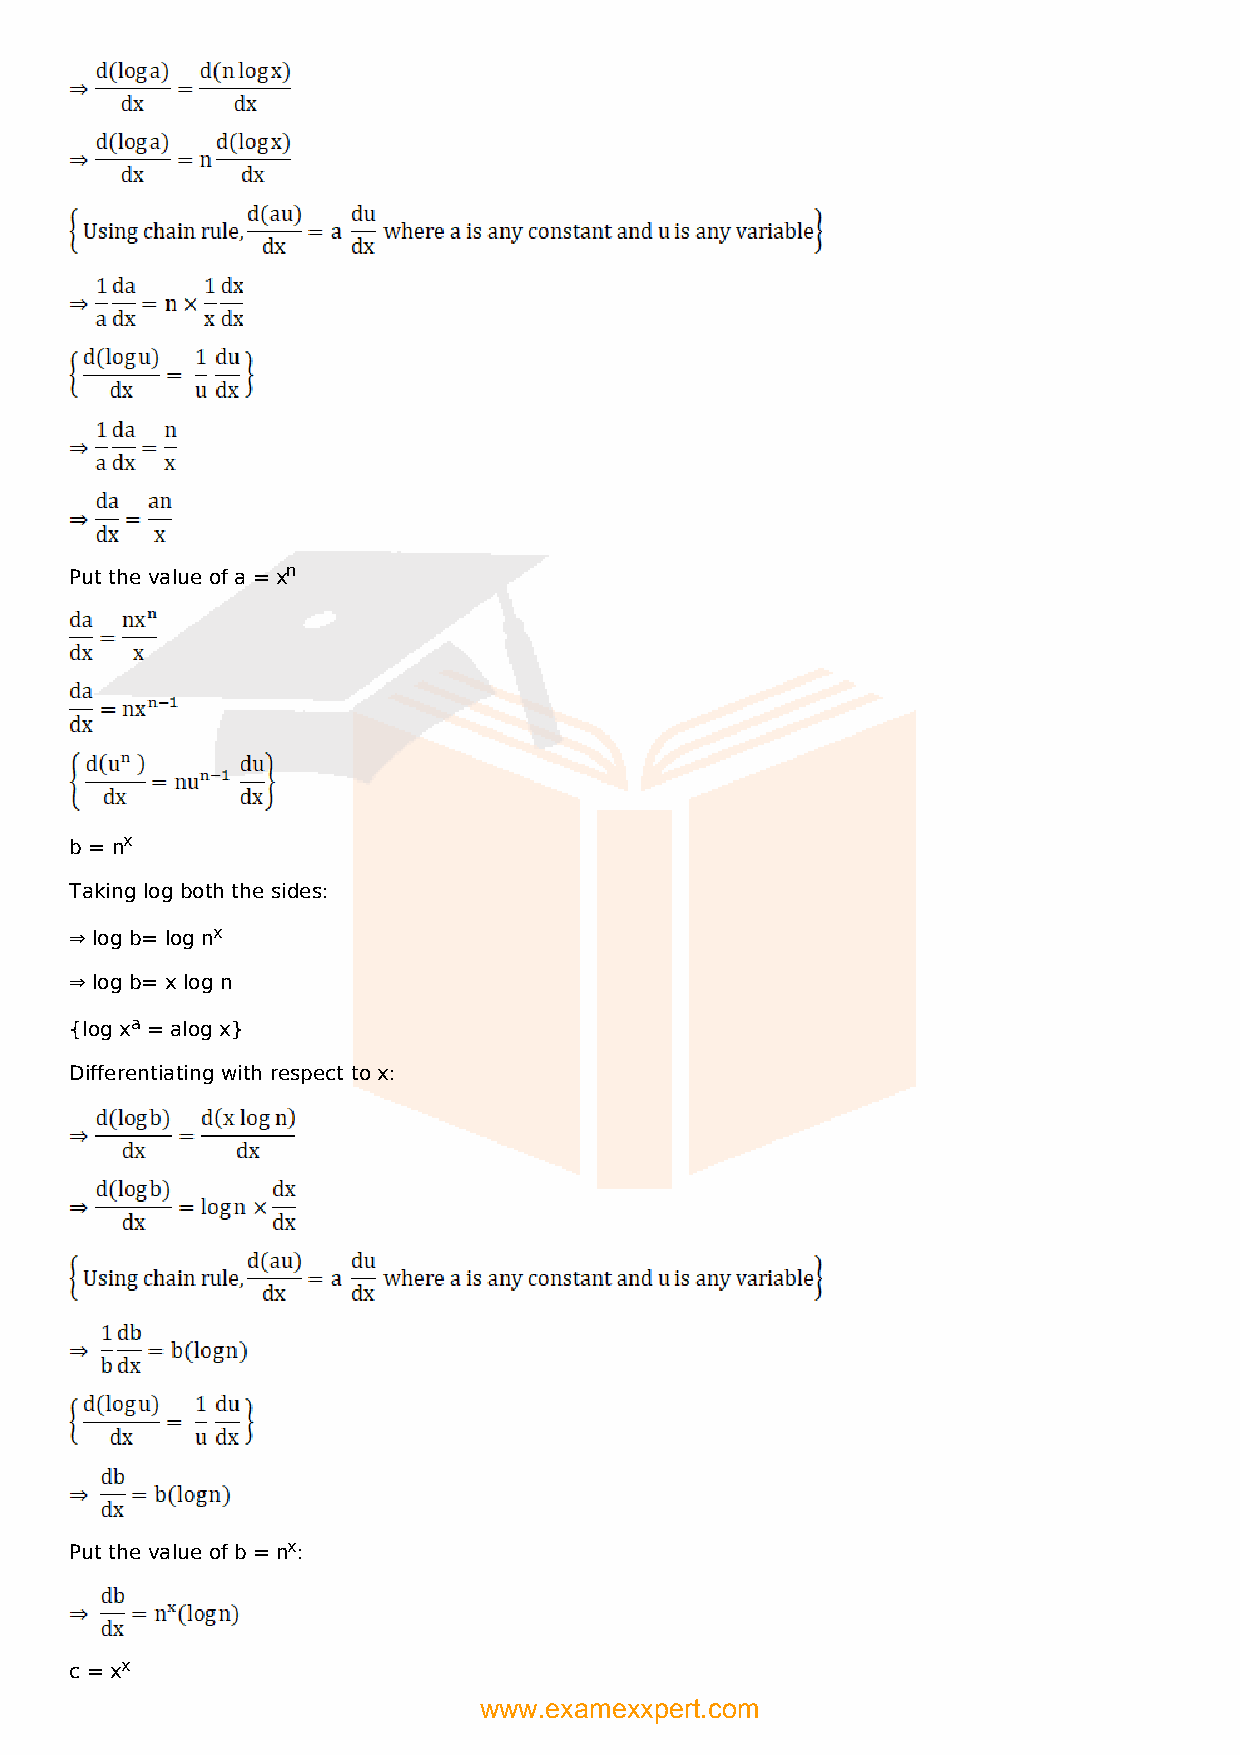
Put the value of a = xn
 b = nx
 Taking log both the sides:
 ⇒ log b= log nx
 ⇒ log b= x log n
 {log xa = alog x}
 Differentiating with respect to x:
 Put the value of b = nx:
 c = xx
 www.examexxpert.com